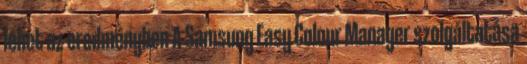
lehet az eredményben A Samsung Easy Colour Manager szolgáltatása